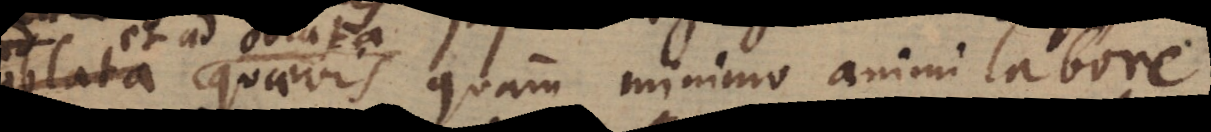
calculus postea egregie utilis est, ad